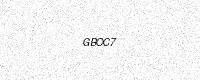
Text: GBOC7